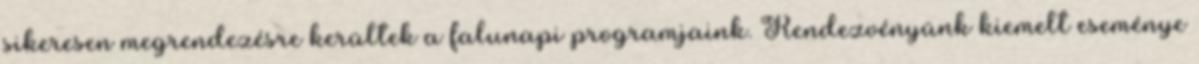
sikeresen megrendezésre kerültek a falunapi programjaink. Rendezvényünk kiemelt eseménye